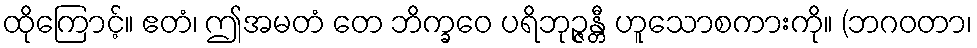
ထိုကြောင့်။ ဧတံ၊ ဤအမတံ တေ ဘိက္ခဝေ ပရိဘုဉ္ဇန္တီ ဟူသောစကားကို။ (ဘဂဝတာ၊